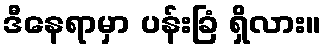
ဒီနေရာမှာ ပန်းခြံ ရှိလား။